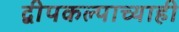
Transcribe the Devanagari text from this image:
द्वीपकल्पाच्याही